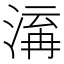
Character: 𭱋